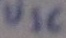
Text: U1C